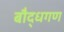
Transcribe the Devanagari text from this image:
बौद्धगण